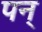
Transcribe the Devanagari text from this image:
पन्